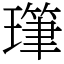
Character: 㻶